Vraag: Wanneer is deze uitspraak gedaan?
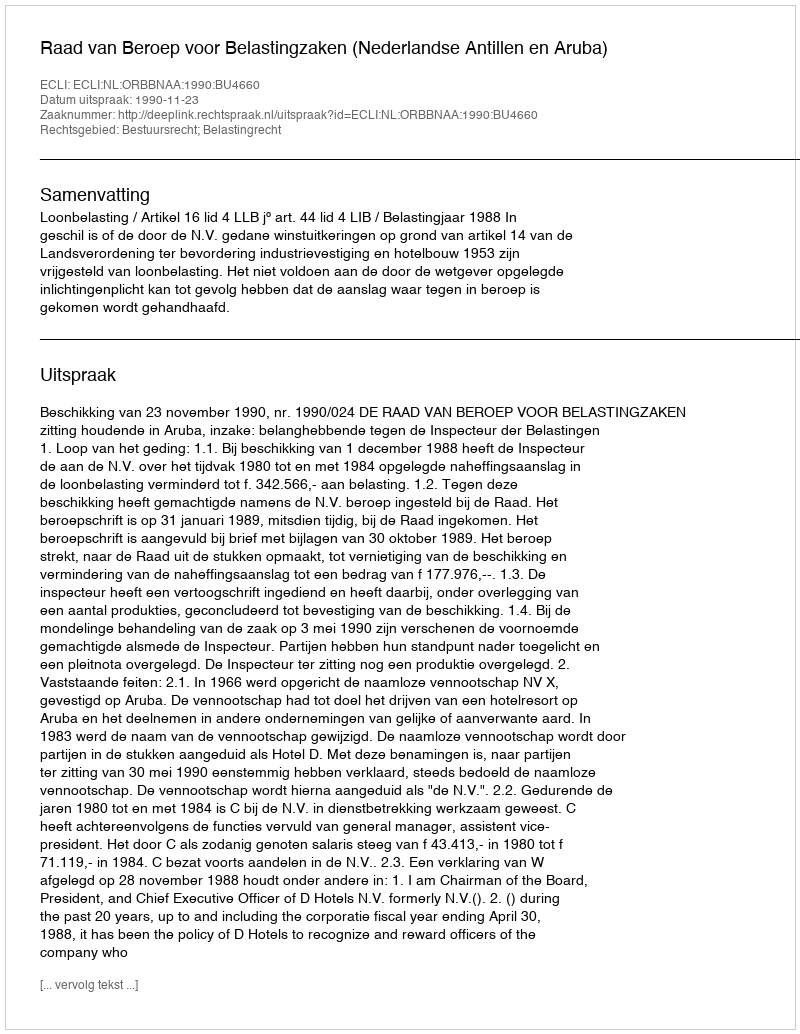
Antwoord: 1990-11-23